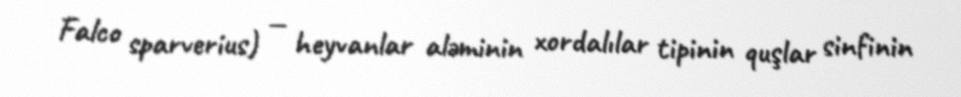
Falco sparverius) — heyvanlar aləminin xordalılar tipinin quşlar sinfinin